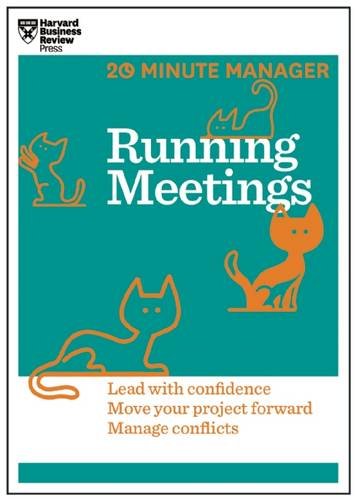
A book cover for Running Meetings (HBR 20-Minute Manager Series); Harvard Business Review; Business & Money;